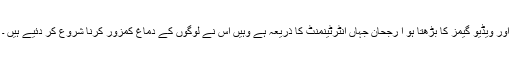
اور ویڈیو گیمز کا بڑھتا ہو ا رجحان جہاں انٹرٹینمنٹ کا ذریعہ ہے وہیں اس نے لوگوں کے دماغ کمزور کرنا شروع کر دئیے ہیں ۔